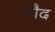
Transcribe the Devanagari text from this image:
नौद